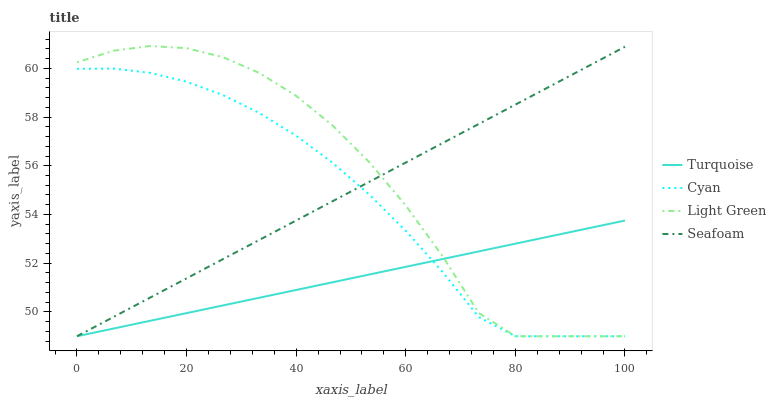
| xaxis_label | Turquoise | Cyan | Light Green | Seafoam |
 | --- | --- | --- | --- | --- |
 | 0 | 49 | 60 | 60.2 | 49 |
 | 6.67 | 49.3 | 60 | 60.7 | 49.8 |
 | 13.3 | 49.6 | 59.8 | 60.9 | 50.6 |
 | 20 | 50 | 59.5 | 60.8 | 51.4 |
 | 26.7 | 50.3 | 58.9 | 60.5 | 52.2 |
 | 33.3 | 50.6 | 58.2 | 59.8 | 53 |
 | 40 | 50.9 | 57.2 | 58.9 | 53.8 |
 | 46.7 | 51.2 | 56.1 | 57.6 | 54.5 |
 | 53.3 | 51.5 | 54.8 | 56.1 | 55.3 |
 | 60 | 51.9 | 53.3 | 54.4 | 56.1 |
 | 66.7 | 52.2 | 51.7 | 52.3 | 56.9 |
 | 73.3 | 52.5 | 49.8 | 50 | 57.7 |
 | 80 | 52.8 | 49 | 49 | 58.5 |
 | 86.7 | 53.1 | 49 | 49 | 59.3 |
 | 93.3 | 53.4 | 49 | 49 | 60.1 |
 | 100 | 53.8 | 49 | 49 | 60.9 |